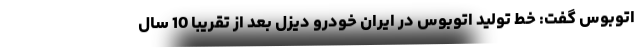
اتوبوس گفت: خط تولید اتوبوس در ایران خودرو دیزل بعد از تقریبا 10 سال